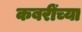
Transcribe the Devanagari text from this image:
कबरींच्या